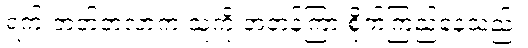
ရက် ဘတ်တလာက သူ့ကို အတန်ကြာ စိုက်ကြည့်နေသည်။